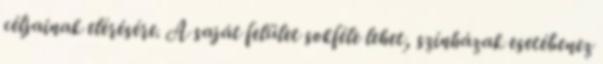
céljainak elérésére. A saját felület sokféle lehet, színházak esetébenez